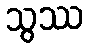
သွဿ